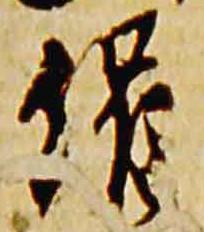
催